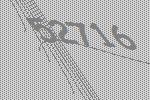
52716